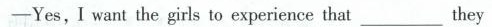
-Yes,I want the girls to experience that___they